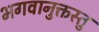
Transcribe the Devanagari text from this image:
भगवानुक्तस्तु